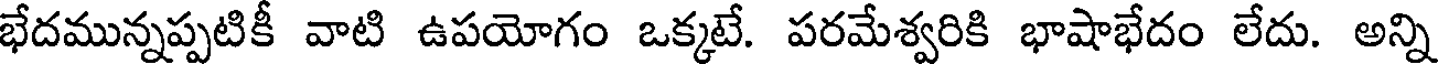
భేదమున్నప్పటికీ వాటి ఉపయోగం ఒక్కటే. పరమేశ్వరికి భాషాభేదం లేదు. అన్ని